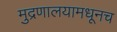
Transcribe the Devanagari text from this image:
मुद्रणालयामधूनच